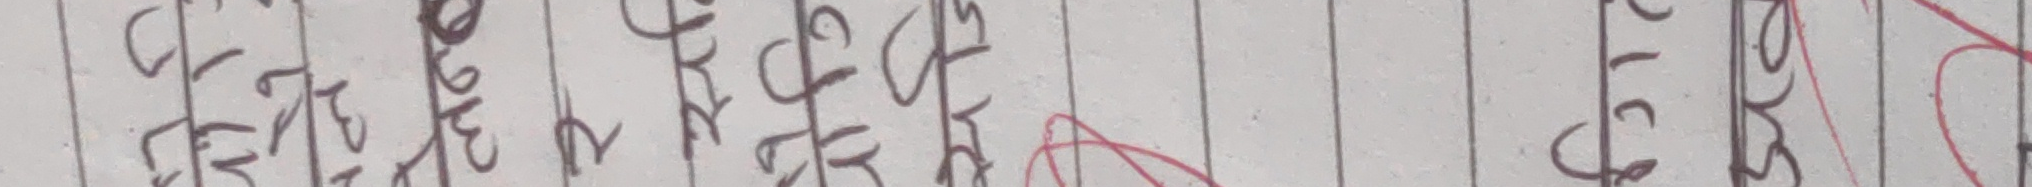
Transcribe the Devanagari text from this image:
विश्वासनीय अध्याय
अनुभवीतर मनुष्य
कर्मानुसार लक्षणी
सन्तुष्टिय क्षमता
ज्ञानधर्म
अपराध चित्र
काम क्रोध भय